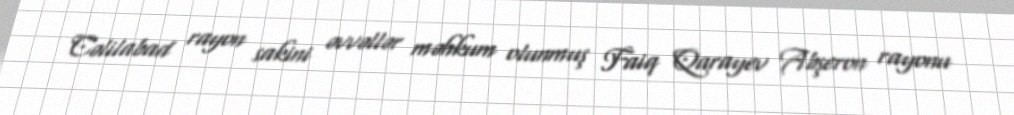
Cəlilabad rayon sakini əvvəllər məhkum olunmuş Faiq Qarayev Abşeron rayonu